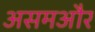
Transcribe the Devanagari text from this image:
असमऔर